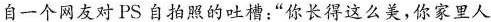
自一个网友对PS自拍照的吐槽；”你长得这么美，你家里人